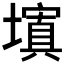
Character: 𡒆